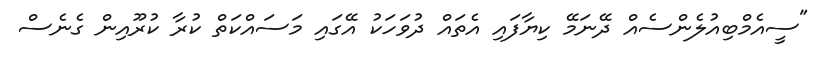
"ސީއެމްބިއުލެންސެއް ދޭނަމޭ ކިޔާފައި އެތައް ދުވަހަކު އޭގައި މަސައްކަތް ކުރާ ކުރޫއިން ގެނެސް